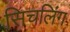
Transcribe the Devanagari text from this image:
सिचलिंग